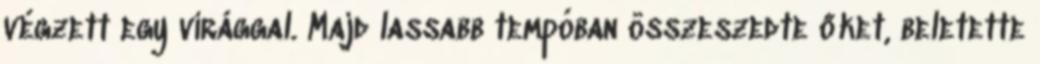
végzett egy virággal. Majd lassabb tempóban összeszedte őket, beletette